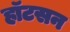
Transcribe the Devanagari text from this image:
हॉटसन